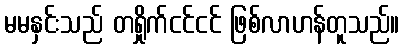
မမနှင်းသည် တရှိုက်ငင်ငင် ဖြစ်လာဟန်တူသည်။